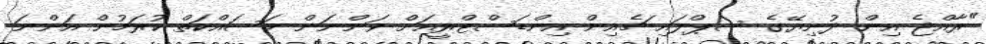
"ރާއްޖެ އިން ދުނިޔޭގެ ސަޕްލައި ޗެއިން އިންޑަސްޓްރީއަށް ވަންނަން މަސައްކަތް ކުރަމުން އަންނަ